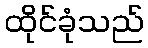
ထိုင်ခုံသည်